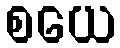
စယေ